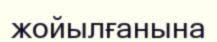
жойылғанына